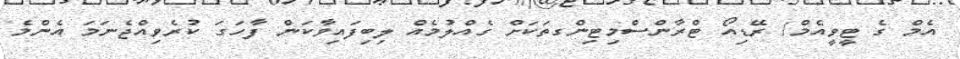
އެމް ގެ ޓީވީއެމް/ ރޭޑިއޯ ޓްރާންސްމިޓިންގތަކަށް ގެއްލުމެއް ލިބިފައިވާކަން ފާހަގަ ކުރެވިއްޖެނަމަ އެންމެ